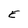
Character: E